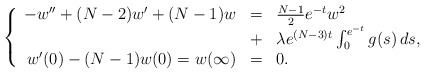
\begin{align*}\left\{ \begin{array}{rcl}-w'' + (N-2)w' + (N-1)w &=& \frac{N-1}{2} e^{-t} w^2 \\&+& \lambda e^{(N-3)t} \int_0^{e^{-t}} g(s) \, ds, \\w'(0)-(N-1)w(0)=w(\infty) &=& 0.\end{array}\right.\end{align*}